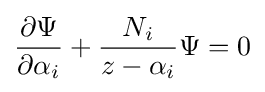
{\partial \Psi  \over \partial \alpha _{i}}+{N_{i} \over z-\alpha _{i}}\Psi =0